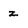
Character: z